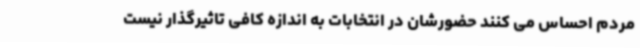
مردم احساس می کنند حضورشان در انتخابات به اندازه کافی تاثیرگذار نیست